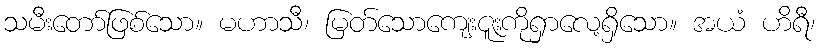
သမီးတော်ဖြစ်သော။ မဟာသီ၊ မြတ်သောကျေးဇူးကိုရှာလေ့ရှိသော။ အယံ ဟိရီ၊